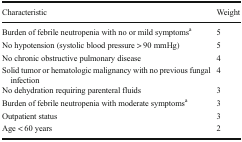
<table><thead><tr><td><b>Characteristic</b></td><td><b>Weight</b></td></tr></thead><tbody><tr><td>Burden of febrile neutropenia with no or mild symptoms<sup>a</sup></td><td>5</td></tr><tr><td>No hypotension (systolic blood pressure &gt; 90 mmHg)</td><td>5</td></tr><tr><td>No chronic obstructive pulmonary disease</td><td>4</td></tr><tr><td>Solid tumor or hematologic malignancy with no previous fungal infection</td><td>4</td></tr><tr><td>No dehydration requiring parenteral fluids</td><td>3</td></tr><tr><td>Burden of febrile neutropenia with moderate symptoms<sup>a</sup></td><td>3</td></tr><tr><td>Outpatient status</td><td>3</td></tr><tr><td>Age &lt; 60 years</td><td>2</td></tr></tbody></table>